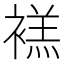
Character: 𫌉